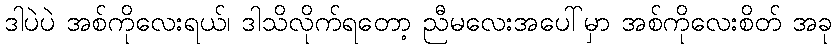
ဒါပဲပဲ အစ်ကိုလေးရယ်၊ ဒါသိလိုက်ရတော့ ညီမလေးအပေါ်မှာ အစ်ကိုလေးစိတ် အခု